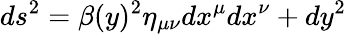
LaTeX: ds^{2}=\beta(y)^{2}\eta_{\mu\nu}dx^{\mu}dx^{\nu}+dy^{2}